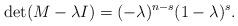
LaTeX: \begin{align*}\mathrm{det}(M -\lambda I) = (-\lambda)^{n-s}(1-\lambda)^s.\end{align*}